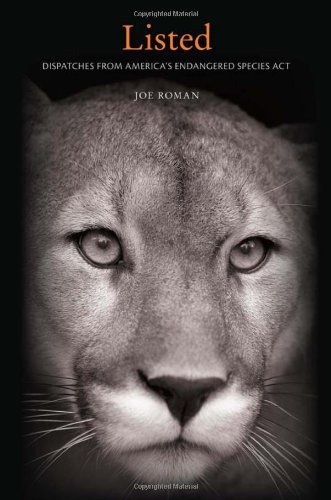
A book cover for Listed: Dispatches from America's Endangered Species Act; Joe Roman; Science & Math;